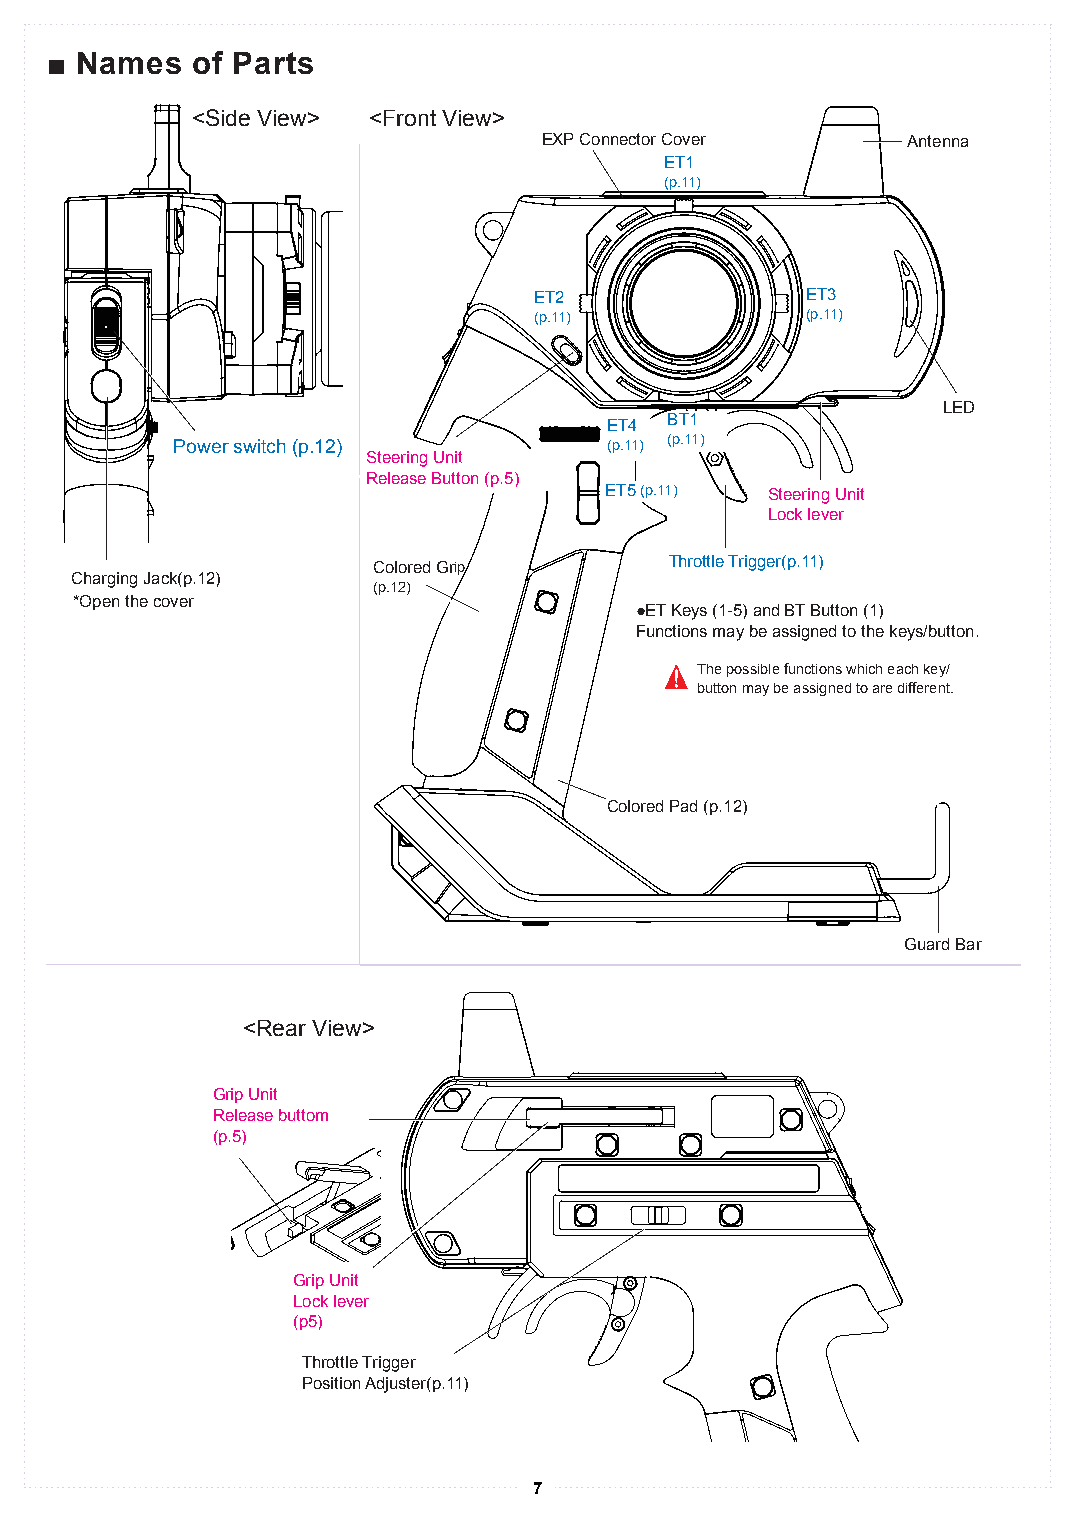
■■ NNaammeess ooff PPaarrttss
 <Side View> <Front View>
 EXP Connector Cover     Antenna
 EETT11
 ((pp..1111))
 EETT22            EETT33
 ((pp..1111))      ((pp..1111))
 LLEEDD
 EETT44 BBTT11
 Power switch (p.12)          ((pp..1111)) ((pp..1111))
 SStteeeerriinngg UUnniitt
 RReelleeaassee BBuuttttoonn ((pp..55))
 EETT55 ((pp..1111)) Steering Unit
 Lock lever
 CCoolloorreedd GGrrip Throttle Trigger(p.11)
 Charging Jack(p.12)
 (p.12)
 *Open the cover
 ●ET Keys (1-5) and BT Button (1)
 Functions may be assigned to the keys/button.
 The possible functions which each key/
 button may be assigned to are different.
 Colored Pad (p.12)
 Guard Bar
 <Rear View>
 Grip Unit
 Release buttom
 (p.5)
 Grip Unit
 Lock lever
 (p5)
 Throttle Trigger
 Position Adjuster(p.11)
 7